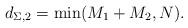
LaTeX: \begin{align*} d_{\Sigma,2}=\min(M_1+M_2,N).\end{align*}